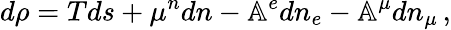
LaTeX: d\rho=Tds+\mu^{n}dn-\mathbb{A}^{e}dn_{e}-\mathbb{A}^{\mu}dn_{\mu}\, ,